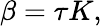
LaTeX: \beta=\tau K,